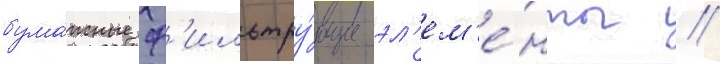
бума́жные ф'ильтру́ющие эл'ем'е́нты //